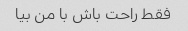
فقط راحت باش با من بیا